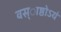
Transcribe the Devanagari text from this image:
वस्ाष्ठोऽयं